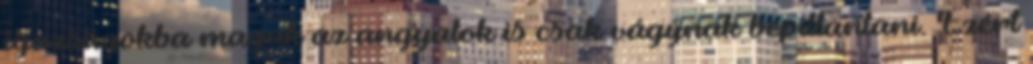
igazságokba maguk az angyalok is csak vágynak bepillantani. Ezért